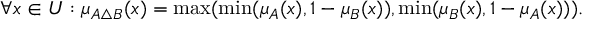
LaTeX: \forall x \in { U } : \mu _ { A \triangle { B } } ( x ) = \operatorname* { m a x } ( \operatorname* { m i n } ( \mu _ { A } ( x ) , 1 - \mu _ { B } ( x ) ) , \operatorname* { m i n } ( \mu _ { B } ( x ) , 1 - \mu _ { A } ( x ) ) ) .